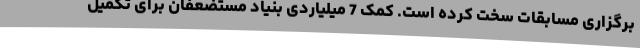
برگزاری مسابقات سخت کرده است. کمک 7 میلیاردی بنیاد مستضعفان برای تکمیل